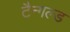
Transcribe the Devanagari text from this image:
टैन्गल्ड